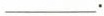
___.